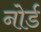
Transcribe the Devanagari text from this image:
नोर्ड